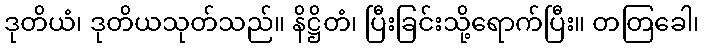
ဒုတိယံ၊ ဒုတိယသုတ်သည်။ နိဋ္ဌိတံ၊ ပြီးခြင်းသို့ရောက်ပြီး။ တတြခေါ၊